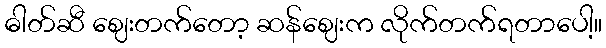
ဓါတ်ဆီ ဈေးတက်တော့ ဆန်ဈေးက လိုက်တက်ရတာပေါ့။